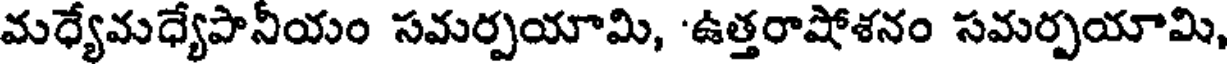
మధ్యేమధ్యేపానీయం సమర్పయామి, 'ఉత్తరాషోశనం సమర్పయామి,